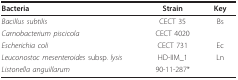
<table><thead><tr><td><b>Bacteria</b></td><td><b>Strain</b></td><td><b>Key</b></td></tr></thead><tbody><tr><td><i>Bacillus subtilis</i></td><td>CECT 35</td><td>Bs</td></tr><tr><td><i>Carnobacterium piscicola</i></td><td>CECT 4020</td><td>[EMPTY_CELL]</td></tr><tr><td><i>Escherichia coli</i></td><td>CECT 731</td><td>Ec</td></tr><tr><td><i>Leuconostoc mesenteroides </i>subsp. <i>lysis</i></td><td>HD-IIM_1</td><td>Ln</td></tr><tr><td><i>Listonella anguillarum</i></td><td>90-11-287*</td><td>[EMPTY_CELL]</td></tr></tbody></table>